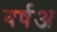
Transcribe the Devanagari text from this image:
वर्षअ